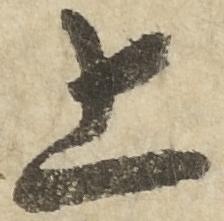
上